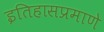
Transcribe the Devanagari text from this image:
इतिहासप्रमाणे